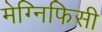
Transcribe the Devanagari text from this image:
मेग्निफिसी